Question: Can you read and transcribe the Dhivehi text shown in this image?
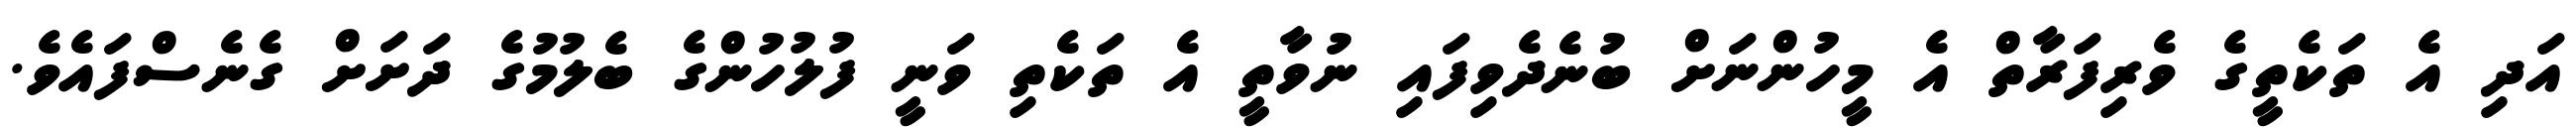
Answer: އަދި އެ ތަކެތީގެ ވެރިފަރާތް އެ މީހުންނަށް ބުނެދެވިފައި ނުވާތީ އެ ތަކެތި ވަނީ ފުލުހުންގެ ބެލުމުގެ ދަށަށް ގެނެސްފައެވެ.